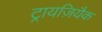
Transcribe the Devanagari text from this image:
ट्रायज़ियैक